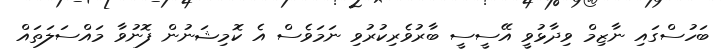
ބަހުސްގައި ނާޒިމް ވިދާޅުވީ އޭސީސީ ބާރުވެރިކުރުވި ނަމަވެސް އެ ކޮމިޝަނުން ފޮނުވާ މައްސަލަތައް